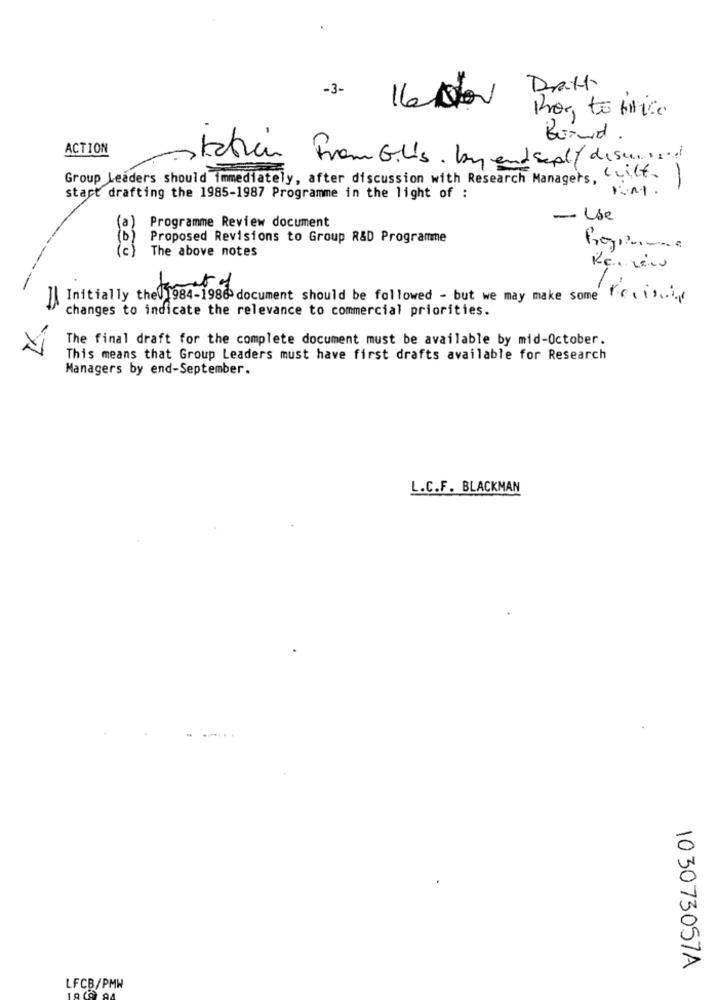
Dratt
-3- 16 00
ACTION
Kation From Glis. by endsept/ discussed
Group Leaders should immediately, after discussion with Research Managers, Cule.)
start drafting the 1985-1987 Programme in the light of :
Programme Review document
- Use
Proposed Revisions to Group R&D Programme
(c)
The above notes
Initially the1984-1986 document should be followed - but we may make some te , is .. .
changes to indicate the relevance to commercial priorities.
The final draft for the complete document must be available by mid-October.
This means that Group Leaders must have first drafts available for Research
Managers by end-September.
L.C.F. BLACKMAN
103073057A
LFCB/PMW